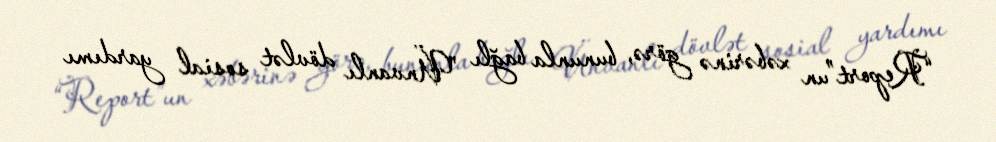
“Report”un xəbərinə görə, bununla bağlı "Ünvanlı dövlət sosial yardımı